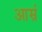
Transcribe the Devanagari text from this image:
आम्रं